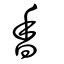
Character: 香